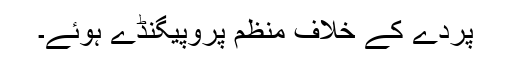
پردے کے خلاف منظم پروپیگنڈے ہوئے۔